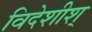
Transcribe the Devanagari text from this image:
विदेशीश्